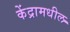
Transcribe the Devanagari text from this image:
केंद्रामधील